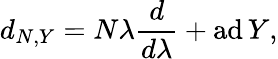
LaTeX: d_{N,Y}=N\lambda{\frac{d}{d\lambda}}+\mathrm{ad\, }Y,